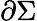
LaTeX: \partial\Sigma